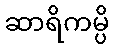
ဆာရိကမ္ပိ